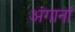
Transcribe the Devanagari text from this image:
अंगानां